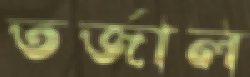
তর্জাল